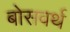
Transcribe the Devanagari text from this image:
बोसवर्थ